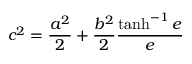
c ^ { 2 } = \frac { a ^ { 2 } } 2 + \frac { b ^ { 2 } } 2 \frac { \operatorname { t a n h } ^ { - 1 } e } e